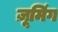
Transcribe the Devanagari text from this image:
ज़ूमिंग